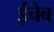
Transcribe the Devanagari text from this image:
ईचेब